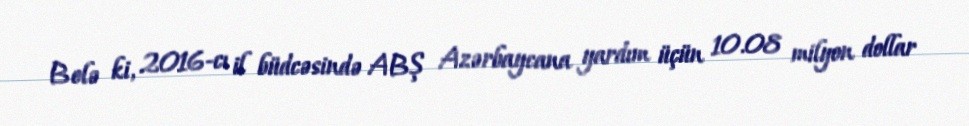
Belə ki, 2016-cı il büdcəsində ABŞ Azərbaycana yardım üçün 10.08 milyon dollar